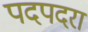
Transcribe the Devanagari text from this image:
पदपदरा